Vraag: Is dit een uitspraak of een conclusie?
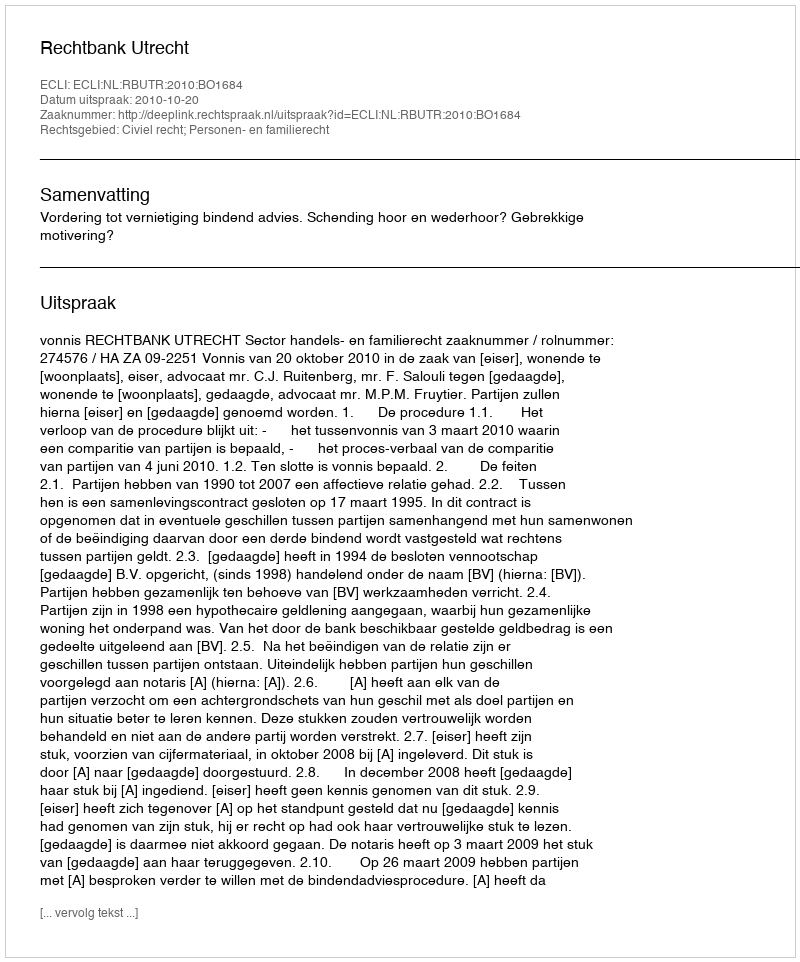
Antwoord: Uitspraak